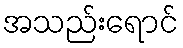
အသည်းရောင်